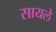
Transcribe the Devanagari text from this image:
सायले